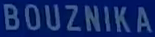
BOUZNika